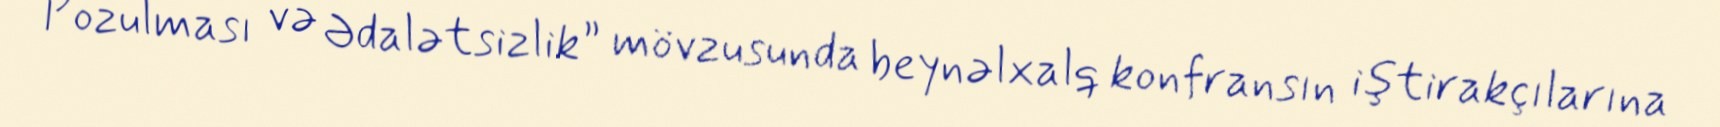
Pozulması və Ədalətsizlik” mövzusunda beynəlxalq konfransın iştirakçılarına